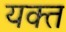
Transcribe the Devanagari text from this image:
यक्त